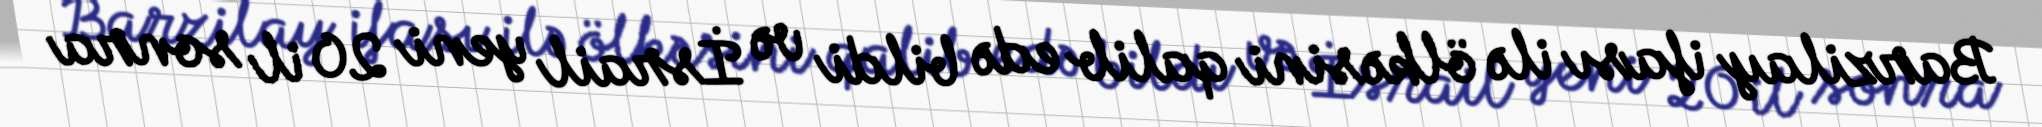
Barzilay ifası ilə ölkəsini qalib edə bildi və İsrail yeni 20 il sonra